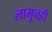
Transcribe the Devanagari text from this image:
लाभूनही